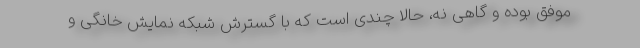
موفق بوده و گاهی نه، حالا چندی است که با گسترش شبکه نمایش خانگی و